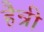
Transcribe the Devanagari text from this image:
हैन्री